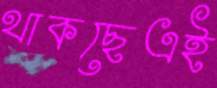
থাকছেএই